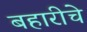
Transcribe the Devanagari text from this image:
बहारीचे